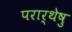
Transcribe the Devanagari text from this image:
परार्थेषु